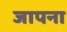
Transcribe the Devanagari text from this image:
जापना